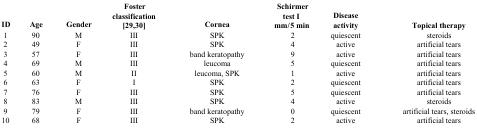
<table><thead><tr><td><b>ID</b></td><td><b>Age</b></td><td><b>Gender</b></td><td><b>Foster classification [29,30]</b></td><td><b>Cornea</b></td><td><b>Schirmer test I mm/5 min</b></td><td><b>Disease activity</b></td><td><b>Topical therapy</b></td></tr></thead><tbody><tr><td>1</td><td>90</td><td>M</td><td>III</td><td>SPK</td><td>2</td><td>quiescent</td><td>steroids</td></tr><tr><td>2</td><td>49</td><td>F</td><td>III</td><td>SPK</td><td>4</td><td>active</td><td>artificial tears</td></tr><tr><td>3</td><td>57</td><td>F</td><td>III</td><td>band keratopathy</td><td>9</td><td>active</td><td>artificial tears</td></tr><tr><td>4</td><td>69</td><td>M</td><td>III</td><td>leucoma</td><td>5</td><td>quiescent</td><td>artificial tears</td></tr><tr><td>5</td><td>60</td><td>M</td><td>II</td><td>leucoma, SPK</td><td>1</td><td>active</td><td>artificial tears</td></tr><tr><td>6</td><td>63</td><td>F</td><td>I</td><td>SPK</td><td>2</td><td>quiescent</td><td>artificial tears</td></tr><tr><td>7</td><td>76</td><td>F</td><td>III</td><td>SPK</td><td>5</td><td>quiescent</td><td>artificial tears</td></tr><tr><td>8</td><td>83</td><td>M</td><td>III</td><td>SPK</td><td>4</td><td>active</td><td>steroids</td></tr><tr><td>9</td><td>79</td><td>F</td><td>III</td><td>band keratopathy</td><td>0</td><td>quiescent</td><td>artificial tears, steroids</td></tr><tr><td>10</td><td>68</td><td>F</td><td>III</td><td>SPK</td><td>2</td><td>active</td><td>artificial tears</td></tr></tbody></table>